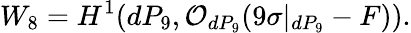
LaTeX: W_{8}=H^{1}(dP_{9},{\cal O}_{dP_{9}}(9\sigma|_{dP_{9}}-F)).